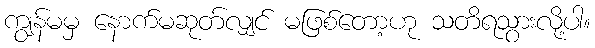
ကျွန်မမှ နောက်မဆုတ်လျှင် မဖြစ်တော့ဟု သတိရသွားလို့ပါ။